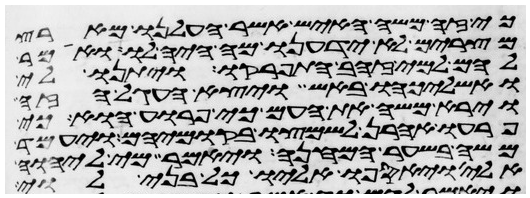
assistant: כי זה משה האיש אשר העלנו מארץ
מצרים לא ידענו מה היה לו ואמר
להם למי זהב התפרקו ויתנו לי
ואשליכהו באש ויצא העגל הזה
וירא משה את העם כי פרוע הוא כי
פרעו אהרן לשמצו בקומיהם ויעמד
משה בשער המחנה ויאמר מי ליהוה
אלי ויאספו אליו כל בני לוי